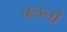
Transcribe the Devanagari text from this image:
चलनो